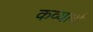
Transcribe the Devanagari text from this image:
कव्यार्थ